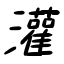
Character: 灌